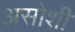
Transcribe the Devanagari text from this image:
असोशी